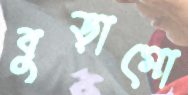
বুড়ামো